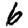
Digit: 6